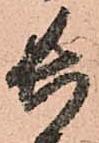
長